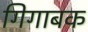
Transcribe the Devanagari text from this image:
गिगाबक